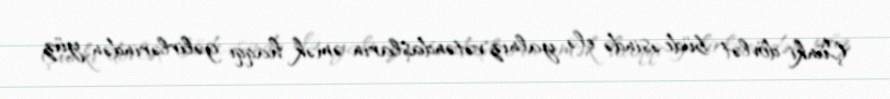
Çünki dövlət büdcəsində elə yalnız vətəndaşların əmək haqqı gəlirlərindən yüz